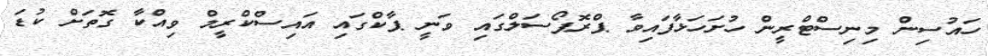
ހައުސިން މިނިސްޓްރީން ހުށަހަޅާފައިވާ ޕްރޮޕޯސަލްގައި ވަނީ ޕާކްގައި އައިސްކްރީމް ވިއްކާ ގޮތަށް ކުޑަ